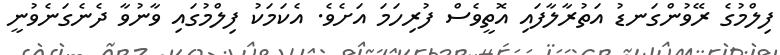
ފިލްމުގެ ރޭވުންގަނޑު އަތުރާލާފައި އޮތީވެސް ފުރިހަމަ އަށެވެ. އެކަމަކު ފިލްމުގައި ވާނުވާ ދެނެގަނެވުނީ